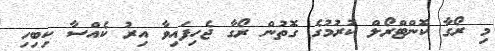
މި ރޯގާ ކޮންޓްރޯލް ކުރުމުގެ ގޮތުން ރޯގާ ޖެހިފައިވާ އިރު ކެއްސާ ކިބިހި